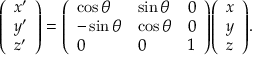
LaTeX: { \left( \begin{array} { l } { x ^ { \prime } } \\ { y ^ { \prime } } \\ { z ^ { \prime } } \end{array} \right) } = { \left( \begin{array} { l l l } { \cos \theta } & { \sin \theta } & { 0 } \\ { - \sin \theta } & { \cos \theta } & { 0 } \\ { 0 } & { 0 } & { 1 } \end{array} \right) } { \left( \begin{array} { l } { x } \\ { y } \\ { z } \end{array} \right) } .